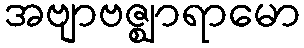
အဗျာဗဇ္ဈာရာမော